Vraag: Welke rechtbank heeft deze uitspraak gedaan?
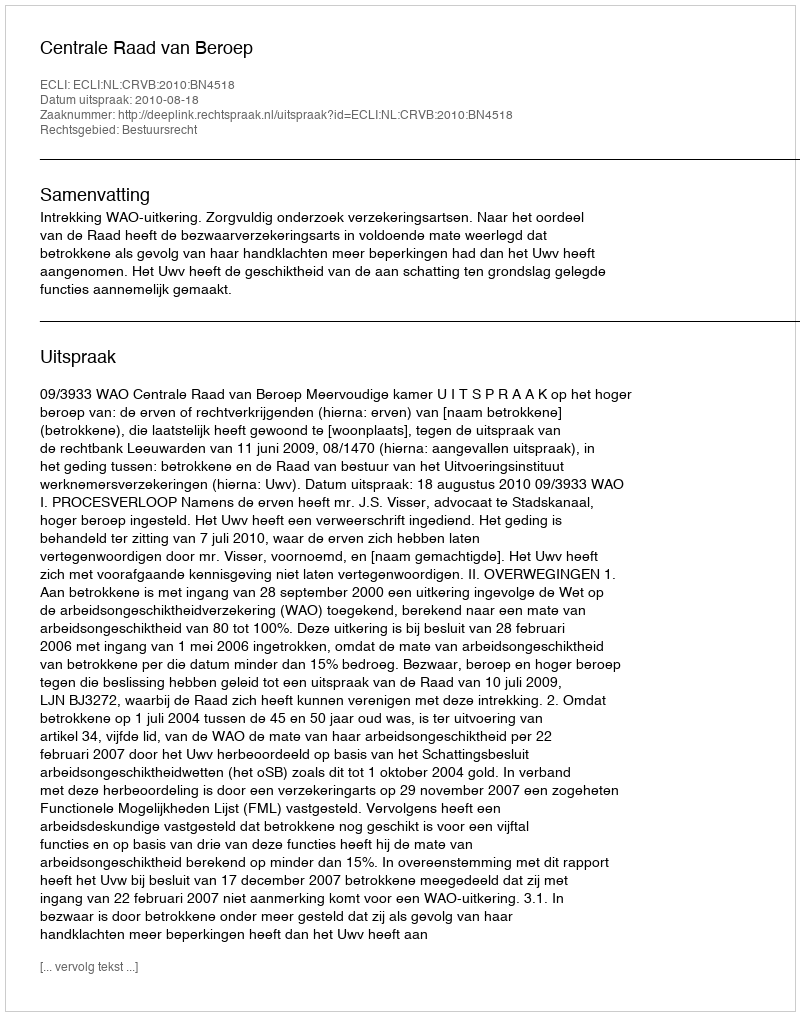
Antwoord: Centrale Raad van Beroep